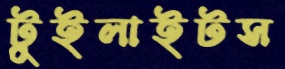
টুইলাইটস